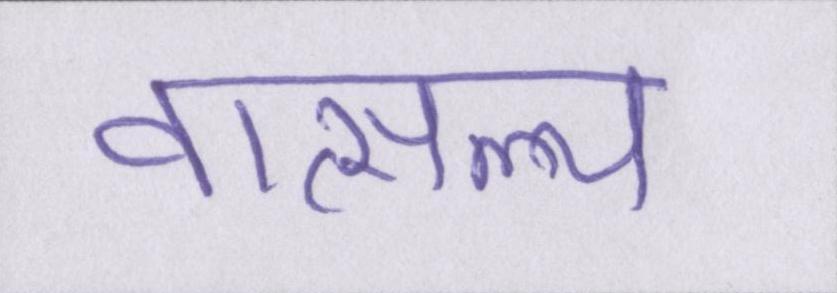
वात्सल्य